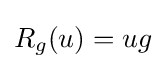
R_{g}(u)=ug